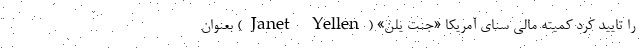
را تایید کرد کمیته مالی سنای آمریکا «جنت یلن» (Janet Yellen) بعنوان